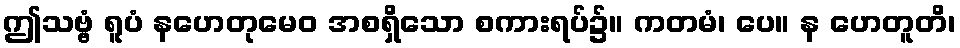
ဤသဗ္ဗံ ရူပံ နဟေတုမေဝ အစရှိသော စကားရပ်၌။ ကတမံ၊ ပေ။ န ဟေတူတိ၊